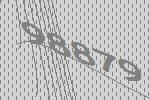
98879